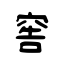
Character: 窖